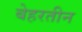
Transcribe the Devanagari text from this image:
बेहरतीन